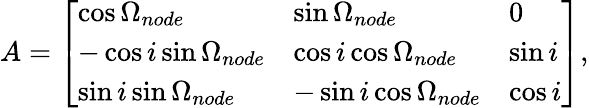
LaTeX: A=\left[\begin{array}{lll}{\cos\Omega_{node}}&{\sin\Omega_{node}}&{0}\\ {-\cos i\sin\Omega_{node}}&{\cos i\cos\Omega_{node}}&{\sin i}\\ {\sin i\sin\Omega_{node}}&{-\sin i\cos\Omega_{node}}&{\cos i}\end{array}\right],